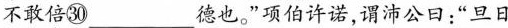
不敢\underset{·}{倍}㉚___德也。”项伯许诺，谓沛公日：”旦日